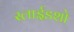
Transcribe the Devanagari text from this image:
स्लाईडशो